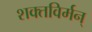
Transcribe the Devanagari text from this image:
शक्तविर्मन्